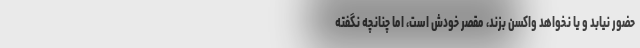
حضور نیابد و یا نخواهد واکسن بزند، مقصر خودش است، اما چنانچه نگفته